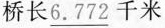
桥长\underline{6.772}千米